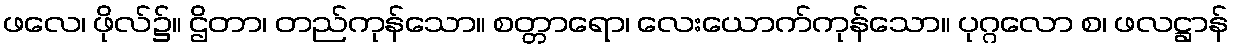
ဖလေ၊ ဖိုလ်၌။ ဌိတာ၊ တည်ကုန်သော။ စတ္တာရော၊ လေးယောက်ကုန်သော။ ပုဂ္ဂလော စ၊ ဖလဋ္ဌာန်